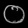
Digit: ၀